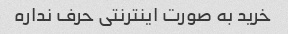
خرید به صورت اینترنتی حرف نداره